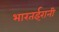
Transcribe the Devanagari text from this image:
भारतईरानी